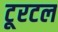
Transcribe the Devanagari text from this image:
टूरटल